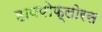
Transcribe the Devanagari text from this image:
हायपोफ्लोरस